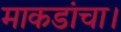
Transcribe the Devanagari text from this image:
माकडांचा।